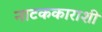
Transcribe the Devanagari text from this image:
नाटककाराशी